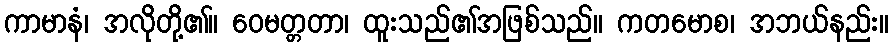
ကာမာနံ၊ အလိုတို့၏။ ဝေမတ္တတာ၊ ထူးသည်၏အဖြစ်သည်။ ကတမောစ၊ အဘယ်နည်း။